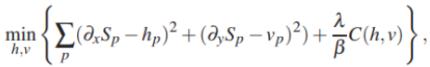
$\min _{h, v}\left\{\sum_{p}\left(\partial_{x} S_{p}-h_{p}\right)^{2}+\left(\partial_{y} S_{p}-v_{p}\right)^{2}+\frac{\lambda}{\beta} C(h, v)\right\},$